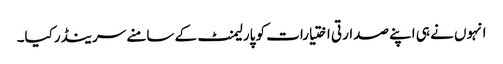
انہوں نے ہی اپنے صدارتی اختیارات کو پارلیمنٹ کے سامنے سرینڈرکیا۔